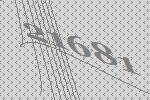
21681